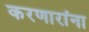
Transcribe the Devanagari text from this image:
करणारांना